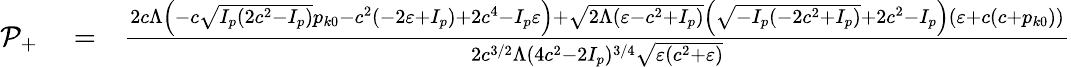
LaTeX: \begin{array}{rlr}{{\cal P}_{+}}&{{}=}&{\frac{2c\Lambda\left(-c\sqrt{I_{p}\left(2c^{2}-I_{p}\right)}p_{k0}-c^{2}\left(-2\varepsilon+I_{p}\right)+2c^{4}-I_{p}\varepsilon\right)+\sqrt{2\Lambda(\varepsilon-c^{2}+I_{p})}\left(\sqrt{-I_{p}\left(-2c^{2}+I_{p}\right)}+2c^{2}-I_{p}\right)\left(\varepsilon+c\left(c+p_{k0}\right)\right)}{2c^{3/2}\Lambda\left(4c^{2}-2I_{p}\right){}^{3/4}\sqrt{\varepsilon\left(c^{2}+\varepsilon\right)}}}\end{array}